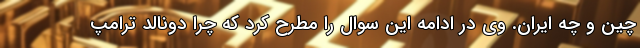
چین و چه ایران. وی در ادامه این سوال را مطرح کرد که چرا دونالد ترامپ